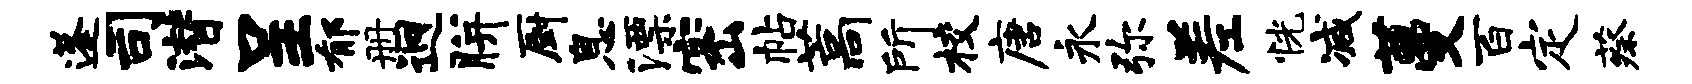
蓬司潜呈郁册迥胼厨息漂密帖藁所校唐永弥差恍减蔓百定蔡